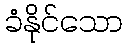
ခံနိုင်သော